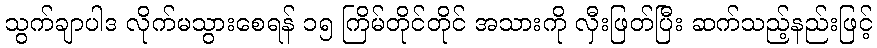
သွက်ချာပါဒ လိုက်မသွားစေရန် ၁၅ ကြိမ်တိုင်တိုင် အသားကို လှီးဖြတ်ပြီး ဆက်သည့်နည်းဖြင့်